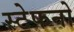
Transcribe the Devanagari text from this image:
स्टेफनो